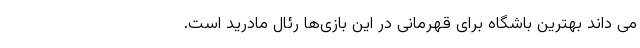
می داند بهترین باشگاه برای قهرمانی در این بازی‌ها رئال مادرید است.